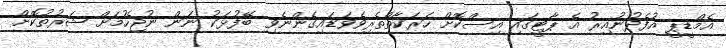
އެމްޑީޕީ އުފެދުނުއިރު އެ ޕާޓީގައި އިސްކޮށް ހަރަކާތްތެރިވެވަޑައިގެންނެވި ބޭފުޅަކު ނަން ނުޖެހުމަށް ޝަރުތުކޮށް